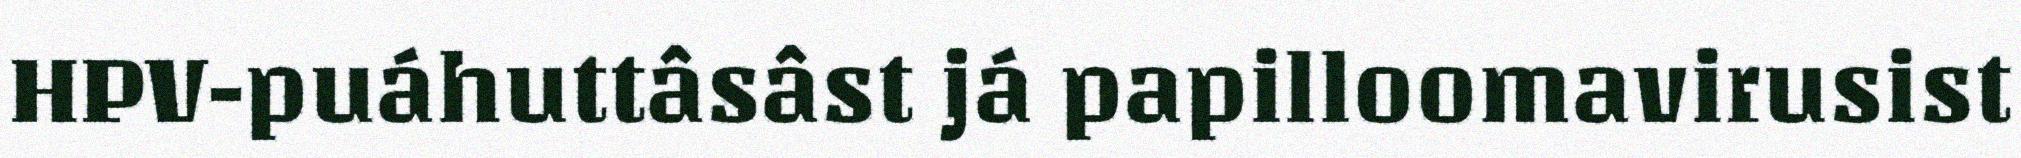
HPV-puáhuttâsâst já papilloomavirusist